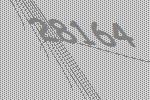
28164